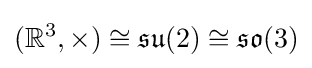
(\mathbb {R} ^{3},\times )\cong {\mathfrak {su}}(2)\cong {\mathfrak {so}}(3)